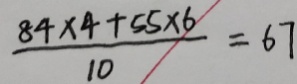
\frac { 8 4 \times 4 + 5 5 \times 6 } { 1 0 } = 6 7